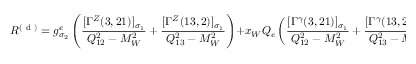
{ \cal R } ^ { ( \mathrm { ~ d ~ } ) } = g _ { \sigma _ { 2 } } ^ { e } \left( \frac { [ \Gamma ^ { Z } ( 3 , 2 1 ) ] _ { \sigma _ { 1 } } } { Q _ { 1 2 } ^ { 2 } - M _ { W } ^ { 2 } } + \frac { [ \Gamma ^ { Z } ( 1 3 , 2 ) ] _ { \sigma _ { 1 } } } { Q _ { 1 3 } ^ { 2 } - M _ { W } ^ { 2 } } \right) + x _ { W } Q _ { e } \left( \frac { [ \Gamma ^ { \gamma } ( 3 , 2 1 ) ] _ { \sigma _ { 1 } } } { Q _ { 1 2 } ^ { 2 } - M _ { W } ^ { 2 } } + \frac { [ \Gamma ^ { \gamma } ( 1 3 , 2 ) ] _ { \sigma _ { 1 } } } { Q _ { 1 3 } ^ { 2 } - M _ { W } ^ { 2 } } \right) \; .